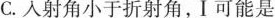
C.入射角小于折射角，Ⅰ可能是